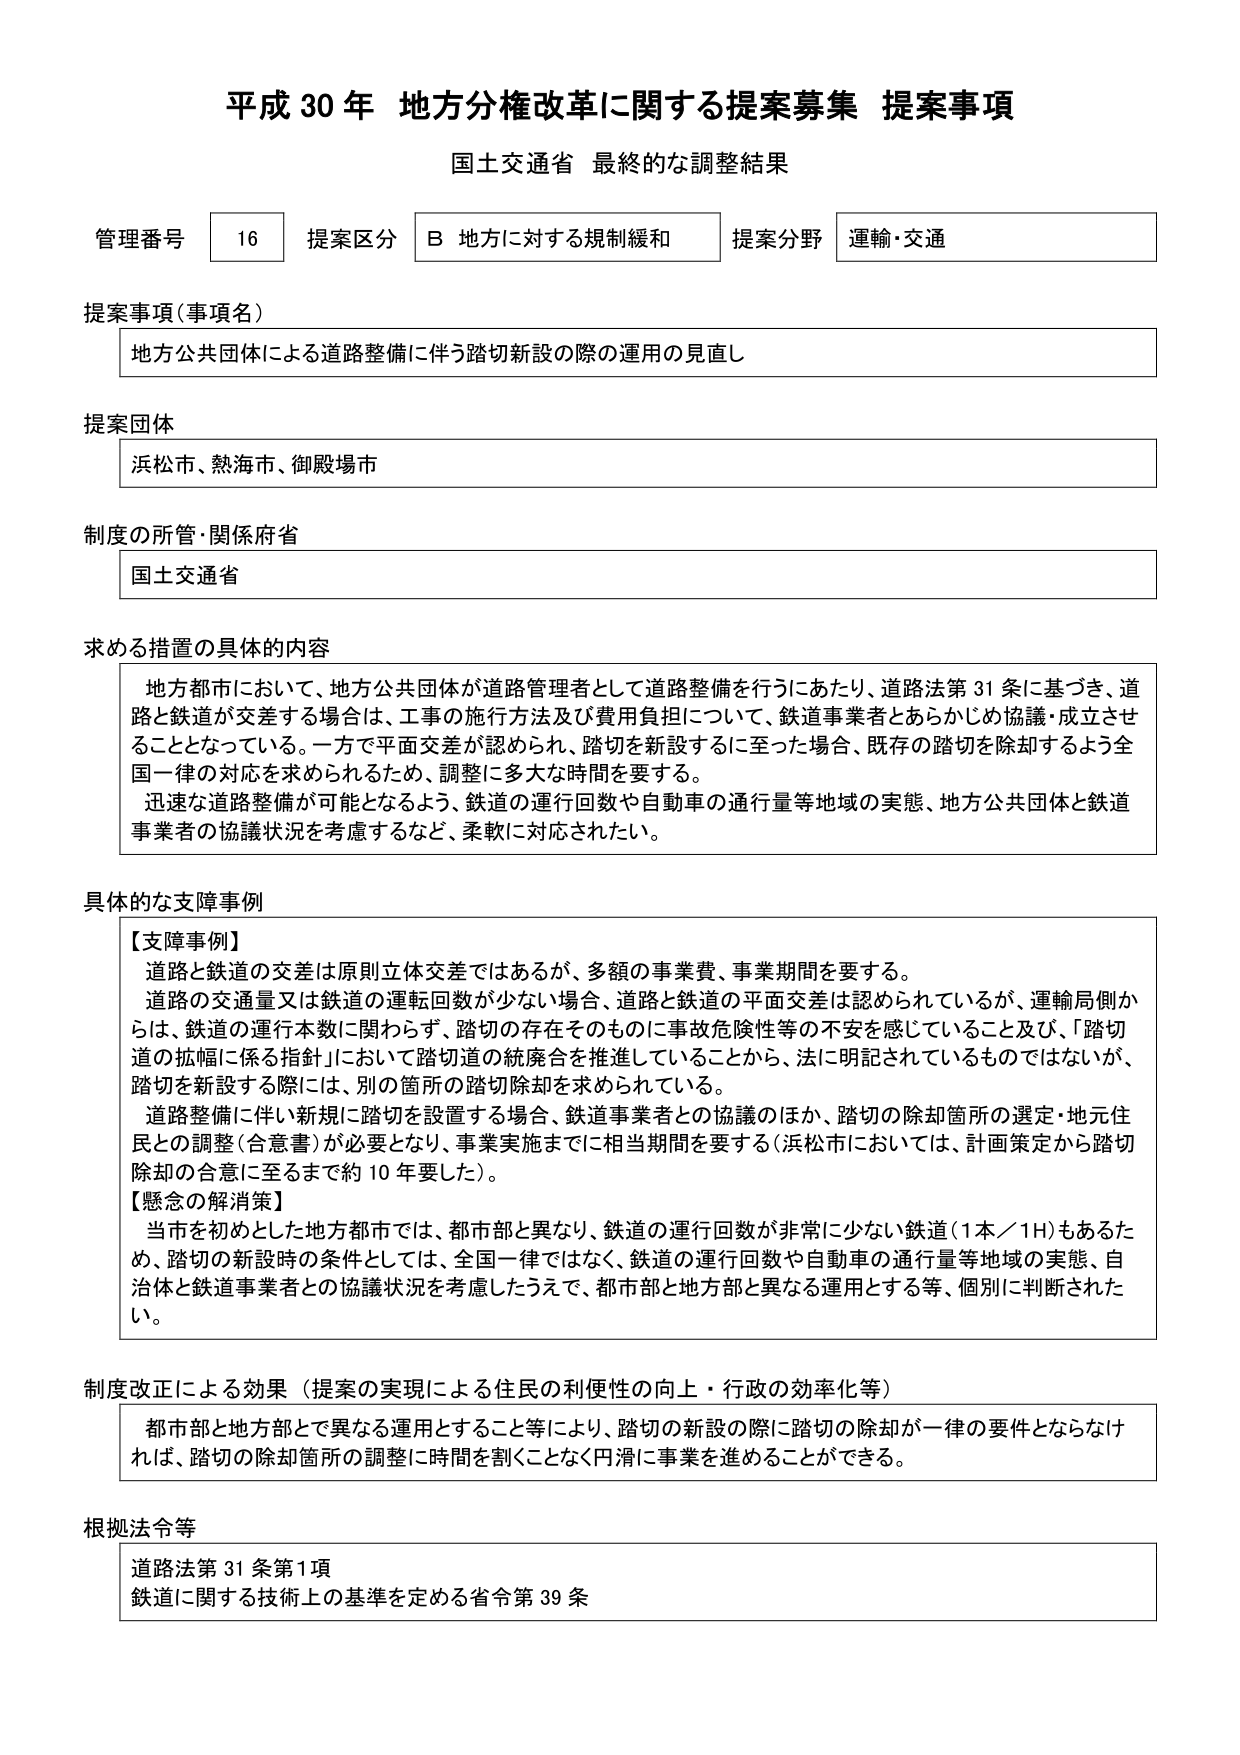
平成30年 地方分権改革に関する提案募集 提案事項
国土交通省 最終的な調整結果

管理番号 16 提案区分 B 地方に対する規制緩和 提案分野 運輸・交通

提案事項（事項名）
地方公共団体による道路整備に伴う踏切新設の際の運用の見直し

提案団体
浜松市、熱海市、御殿場市

制度の所管・関係府省
国土交通省

求める措置の具体的内容
地方都市において、地方公共団体が道路管理者として道路整備を行うにあたり、道路法第31条に基づき、道路と鉄道が交差する場合は、工事の施行方法及び費用負担について、鉄道事業者とあらかじめ協議・成立させることとなっている。一方で平面交差が認められ、踏切を新設するに至った場合、既存の踏切を除却するよう全国一律の対応を求められるため、調整に多大な時間を要する。
迅速な道路整備が可能となるよう、鉄道の運行回数や自動車の通行量等地域の実態、地方公共団体と鉄道事業者の協議状況を考慮するなど、柔軟に対応されたい。

具体的な支障事例
【支障事例】
道路と鉄道の交差は原則立体交差ではあるが、多額の事業費、事業期間を要する。
道路の交通量又は鉄道の運転回数が少ない場合、道路と鉄道の平面交差は認められているが、運輸局側からは、鉄道の運行本数に関わらず、踏切の存在そのものに事故危険性等の不安を感じていること及び、「踏切道の拡幅に係る指針」において踏切道の統廃合を推進していることから、法に明記されているものではないが、踏切を新設する際には、別の箇所の踏切除却を求められている。
道路整備に伴い新規に踏切を設置する場合、鉄道事業者との協議のほか、踏切の除却箇所の選定・地元住民との調整（合意書）が必要となり、事業実施までに相当期間を要する（浜松市においては、計画策定から踏切除却の合意に至るまで約10年要した）。
【懸念の解消策】
当市を初めとした地方都市では、都市部と異なり、鉄道の運行回数が非常に少ない鉄道（1本／1H）もあるため、踏切の新設時の条件としては、全国一律ではなく、鉄道の運行回数や自動車の通行量等地域の実態、自治体と鉄道事業者との協議状況を考慮したうえで、都市部と地方部と異なる運用とする等、個別に判断されたい。

制度改正による効果（提案の実現による住民の利便性の向上・行政の効率化等）
都市部と地方部とで異なる運用とすること等により、踏切の新設の際に踏切の除却が一律の要件とならなければ、踏切の除却箇所の調整に時間を割くことなく円滑に事業を進めることができる。

根拠法令等
道路法第31条第1項
鉄道に関する技術上の基準を定める省令第39条